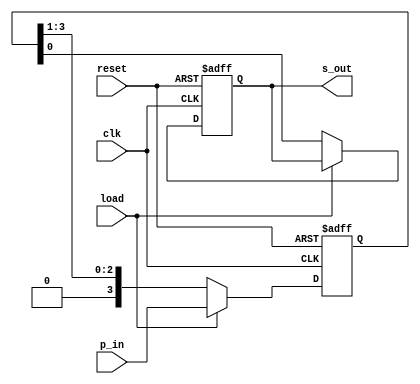
`timescale 1ns / 1ps
//////////////////////////////////////////////////////////////////////////////////
// Company: 
// Engineer: 
// 
// Design Name: 
// Module Name: PISO_rt_ShiftRegister
// Project Name: 
// Target Devices: 
// Tool Versions: 
// Description: 
// 
// Dependencies: 
// 
// Revision:
// Revision 0.01 - File Created
// Additional Comments:
// 
//////////////////////////////////////////////////////////////////////////////////


module PISO_rt_ShiftRegister(
input clk,
input reset,
input load,  //load input
input [3:0] p_in,
output reg s_out
);

reg [3:0] shift_reg;
always@(posedge clk or posedge reset)
begin
if (reset)
begin
shift_reg = 4'b0000;
s_out = 1'b0;
end
else if (load)
begin
shift_reg <= p_in;   //load parallel data into shift_reg
end
else
begin
s_out <= shift_reg[0];
shift_reg <= shift_reg>>1;
end
end
endmodule